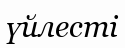
үйлесті